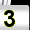
Digit: 3